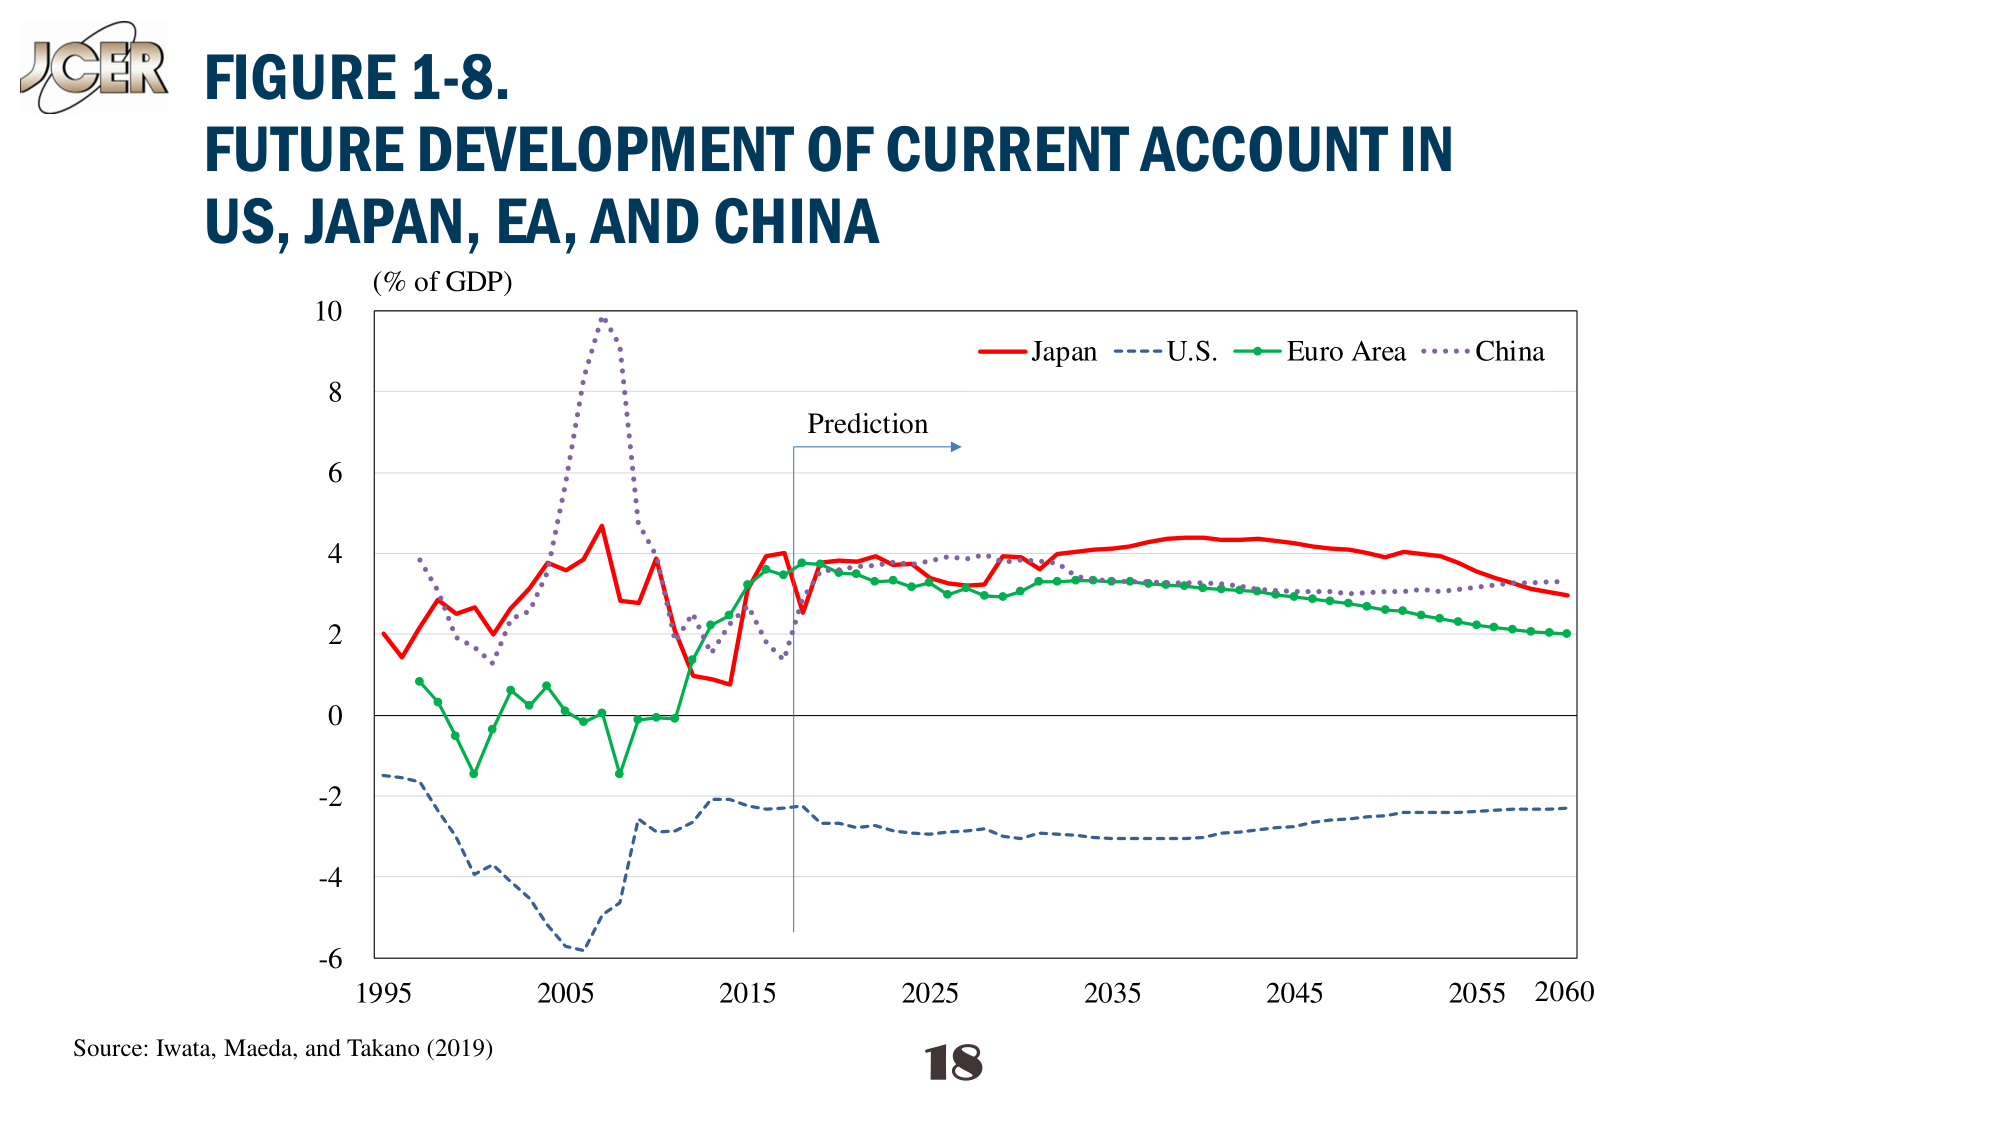
J Cer
FIGURE 1-8.
FUTURE DEVELOPMENT OF CURRENT ACCOUNT IN
US, JAPAN, EA, AND CHINA
(% of GDP)
Japan — U.S. — Euro Area — China
Prediction
1995 2005 2015 2025 2035 2045 2055 2060
Source: Iwata, Maeda, and Takano (2019)
18